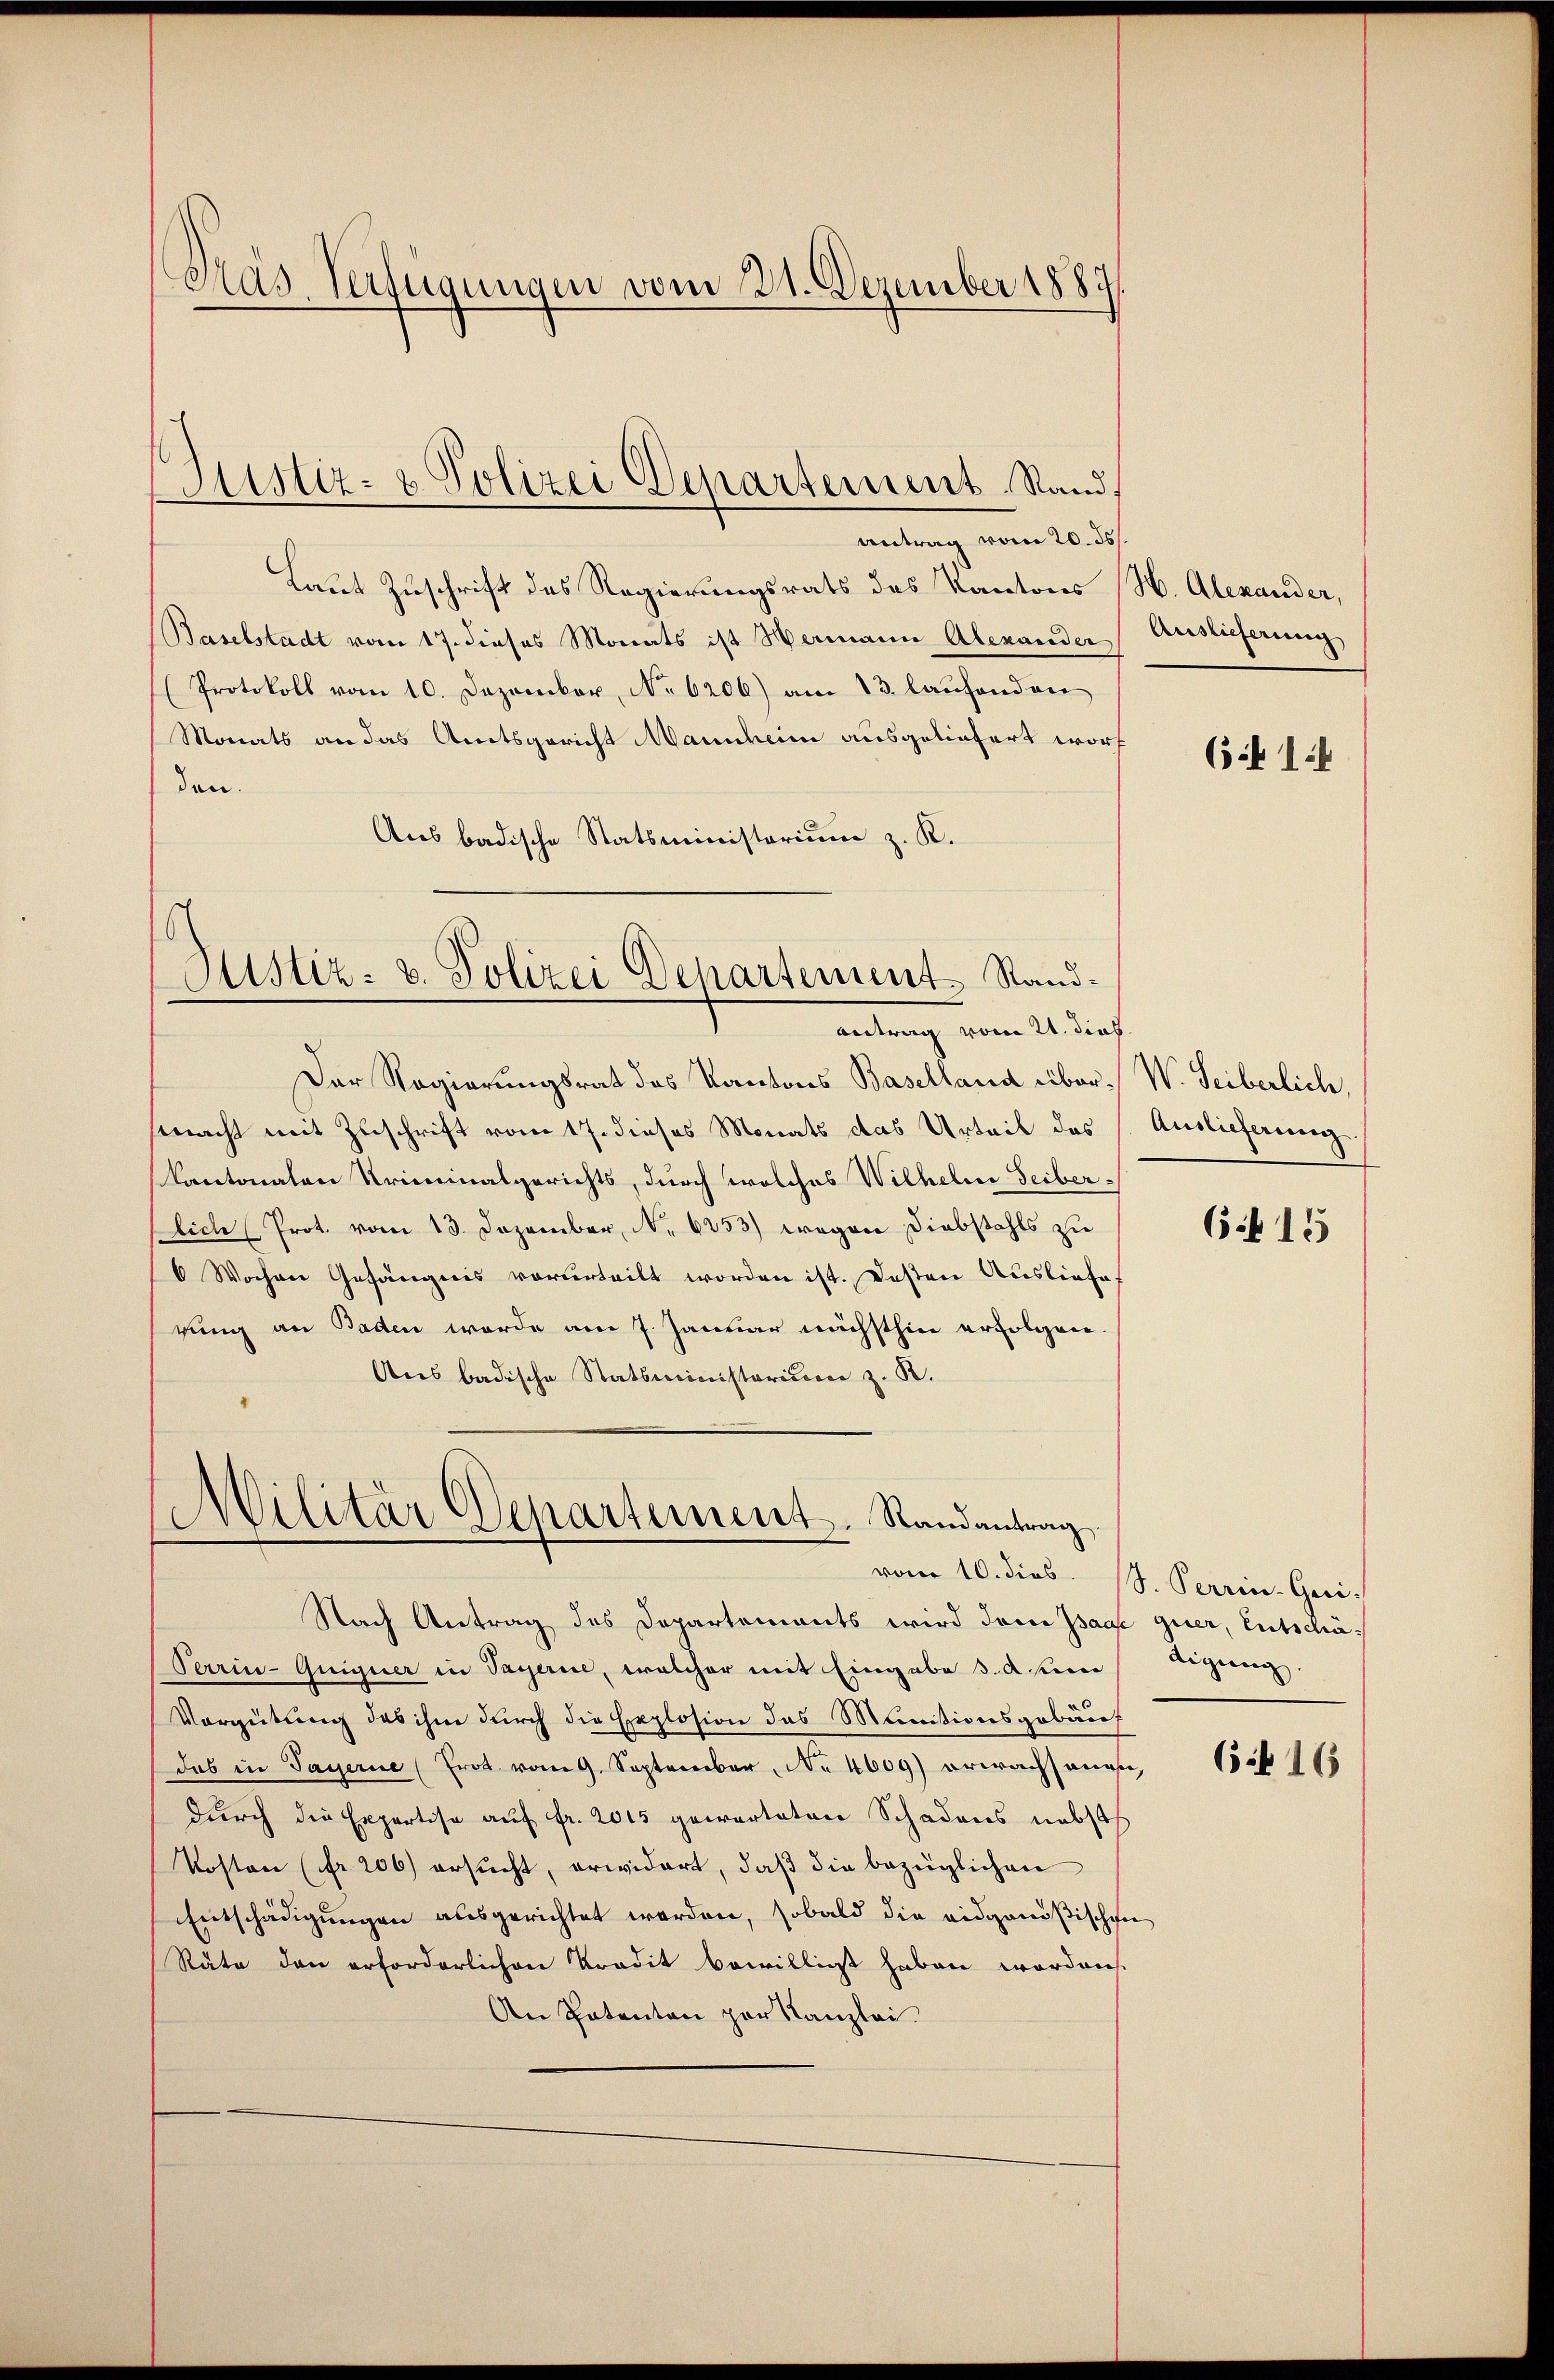
Pas Verfügungen vom 21. Dezember 1889.

antrag vom 20. ds.
Laut Zuschrift des Regierungsrats des Kantons (N. Alexander,
Baselstadt vom 17. dieses Monats ist Wermann Alexander
Protokoll vom 10. Dezember, No 6206) am 13. laufenden
Monats an das Amtsgericht Mannheim ausgeliefert worf
den.
Aus badische Statsministerium z. K.

Justiz- & Polizei Departement Stand,

Justiz: v. Polizei Departement Stand.
Antrag vom 21. dies

Militär Departement. Randantrag

Der Regierungsrat des Kantons Baselland über-W. Seiberlich,
macht mit Zuschrift vom 17. dieses Monats das Urteil des
Kantonalen Kriminalgerichts, durch welches Wilhelm Seiberlich (Prot. vom 13. Dezember, No. 6253) wegen Diebstahls zu
6 Wochen Gefängnis vorderteilt worden ist. Deßen Ausliefe.
rung an Baden werde am 7. Januar nächsthin erfolgen.
Aus badische Statsministorium z. B.

Auslieferung

Nach Antrag des Departements wird den Paae quer, Entschä¬
Perrin-Guiguer in Sagerine, welcher mit Eingabe s. Apri
Vergütung das ihm durch die Explosion das Munitionsgebäudas in Payerne (Erot. vom 9. September No 4609) erwachsanen, oft 115
durch die Expertise auf Fr. 2015 gewarteten Schadens nebst
Kosten (fr. 206) ersucht, erwidert, daß die bezüglichen
Entschädigungen ausgerichtet worden, sobald die eidgenößischen
Räte den erforderlichen Kredit bewilligt haben worden.
An Patenten per Kanzlei

641.

Auslieferung.
615

vom 10. dies. S. Perrin-Geri
digung.